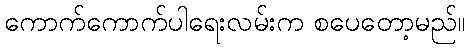
ကောက်ကောက်ပါရေးလမ်းက စပေတော့မည်။